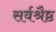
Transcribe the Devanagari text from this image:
सर्वश्रैष्ठ